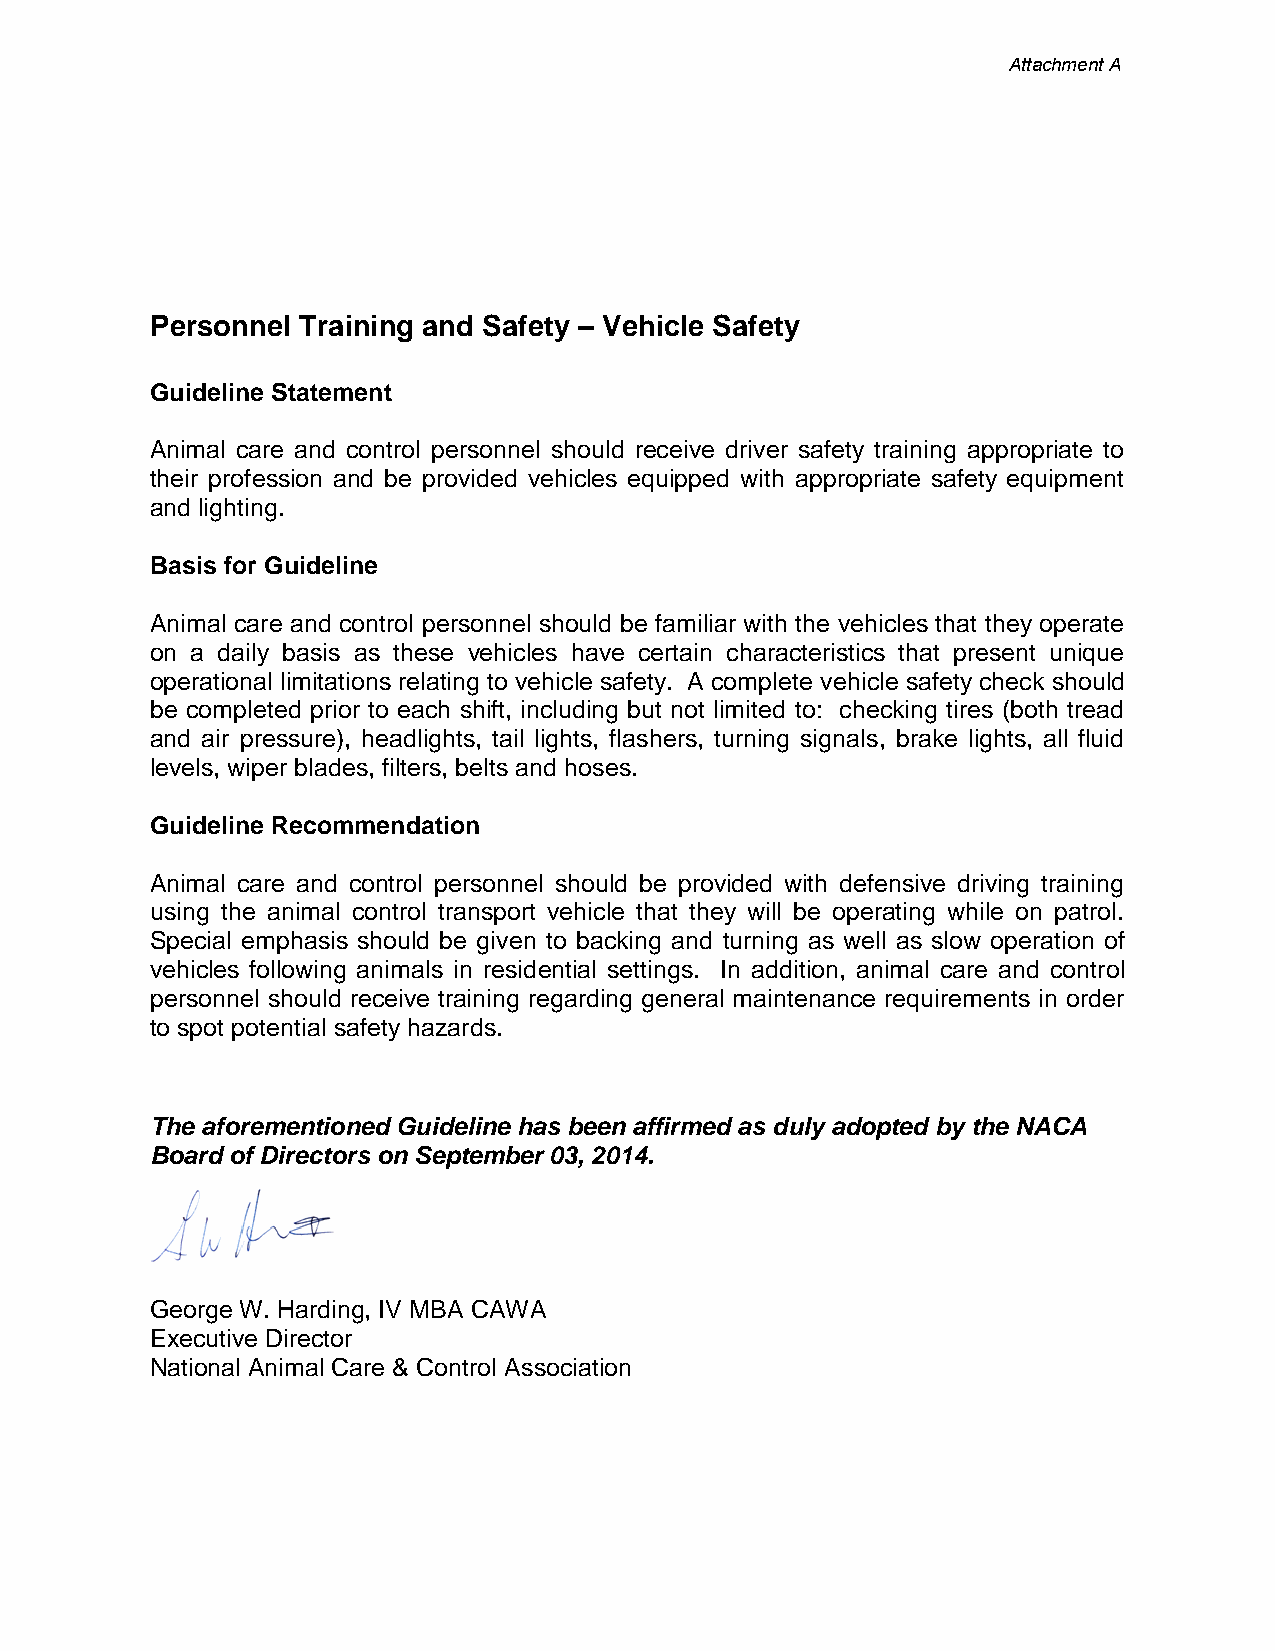
Attachment A
 Personnel Training and Safety – Vehicle Safety
 Guideline Statement
 Animal care and control personnel should receive driver safety training appropriate to
 their profession and be provided vehicles equipped with appropriate safety equipment
 and lighting.
 Basis for Guideline
 Animal care and control personnel should be familiar with the vehicles that they operate
 on a daily basis as these vehicles have certain characteristics that present unique
 operational limitations relating to vehicle safety. A complete vehicle safety check should
 be completed prior to each shift, including but not limited to: checking tires (both tread
 and air pressure), headlights, tail lights, flashers, turning signals, brake lights, all fluid
 levels, wiper blades, filters, belts and hoses.
 Guideline Recommendation
 Animal care and control personnel should be provided with defensive driving training
 using the animal control transport vehicle that they will be operating while on patrol.
 Special emphasis should be given to backing and turning as well as slow operation of
 vehicles following animals in residential settings. In addition, animal care and control
 personnel should receive training regarding general maintenance requirements in order
 to spot potential safety hazards.
 The aforementioned Guideline has been affirmed as duly adopted by the NACA
 Board of Directors on September 03, 2014.
 George W. Harding, IV MBA CAWA
 Executive Director
 National Animal Care & Control Association